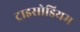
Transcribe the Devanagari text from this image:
ट्राइसोडियम